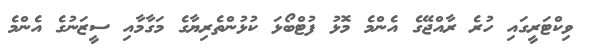
ވިކްޓަރީގައި ހުރެ ރާއްޖޭގެ އެންމެ މޮޅު ފުޓްބޯޅަ ކުޅުންތެރިޔާގެ މަގާމާއި ސީޒަނުގެ އެންމެ